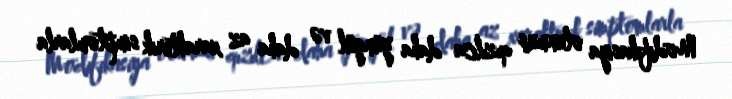
Modifikasiya olunmuş qızılca daha yüngül və daha az xarakterik simptomlarla